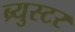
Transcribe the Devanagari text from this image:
ब्र्युस्टर